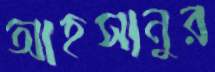
আহসানুর